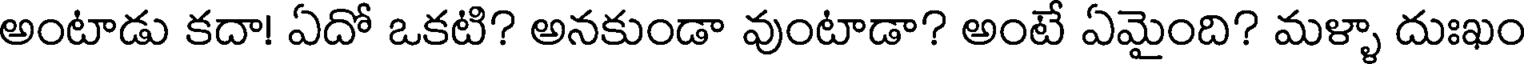
అంటాడు కదా! ఏదో ఒకటి? అనకుండా వుంటాడా? అంటే ఏమైంది? మళ్ళా దుఃఖం